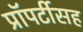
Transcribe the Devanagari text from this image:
प्रॉपर्टीसह